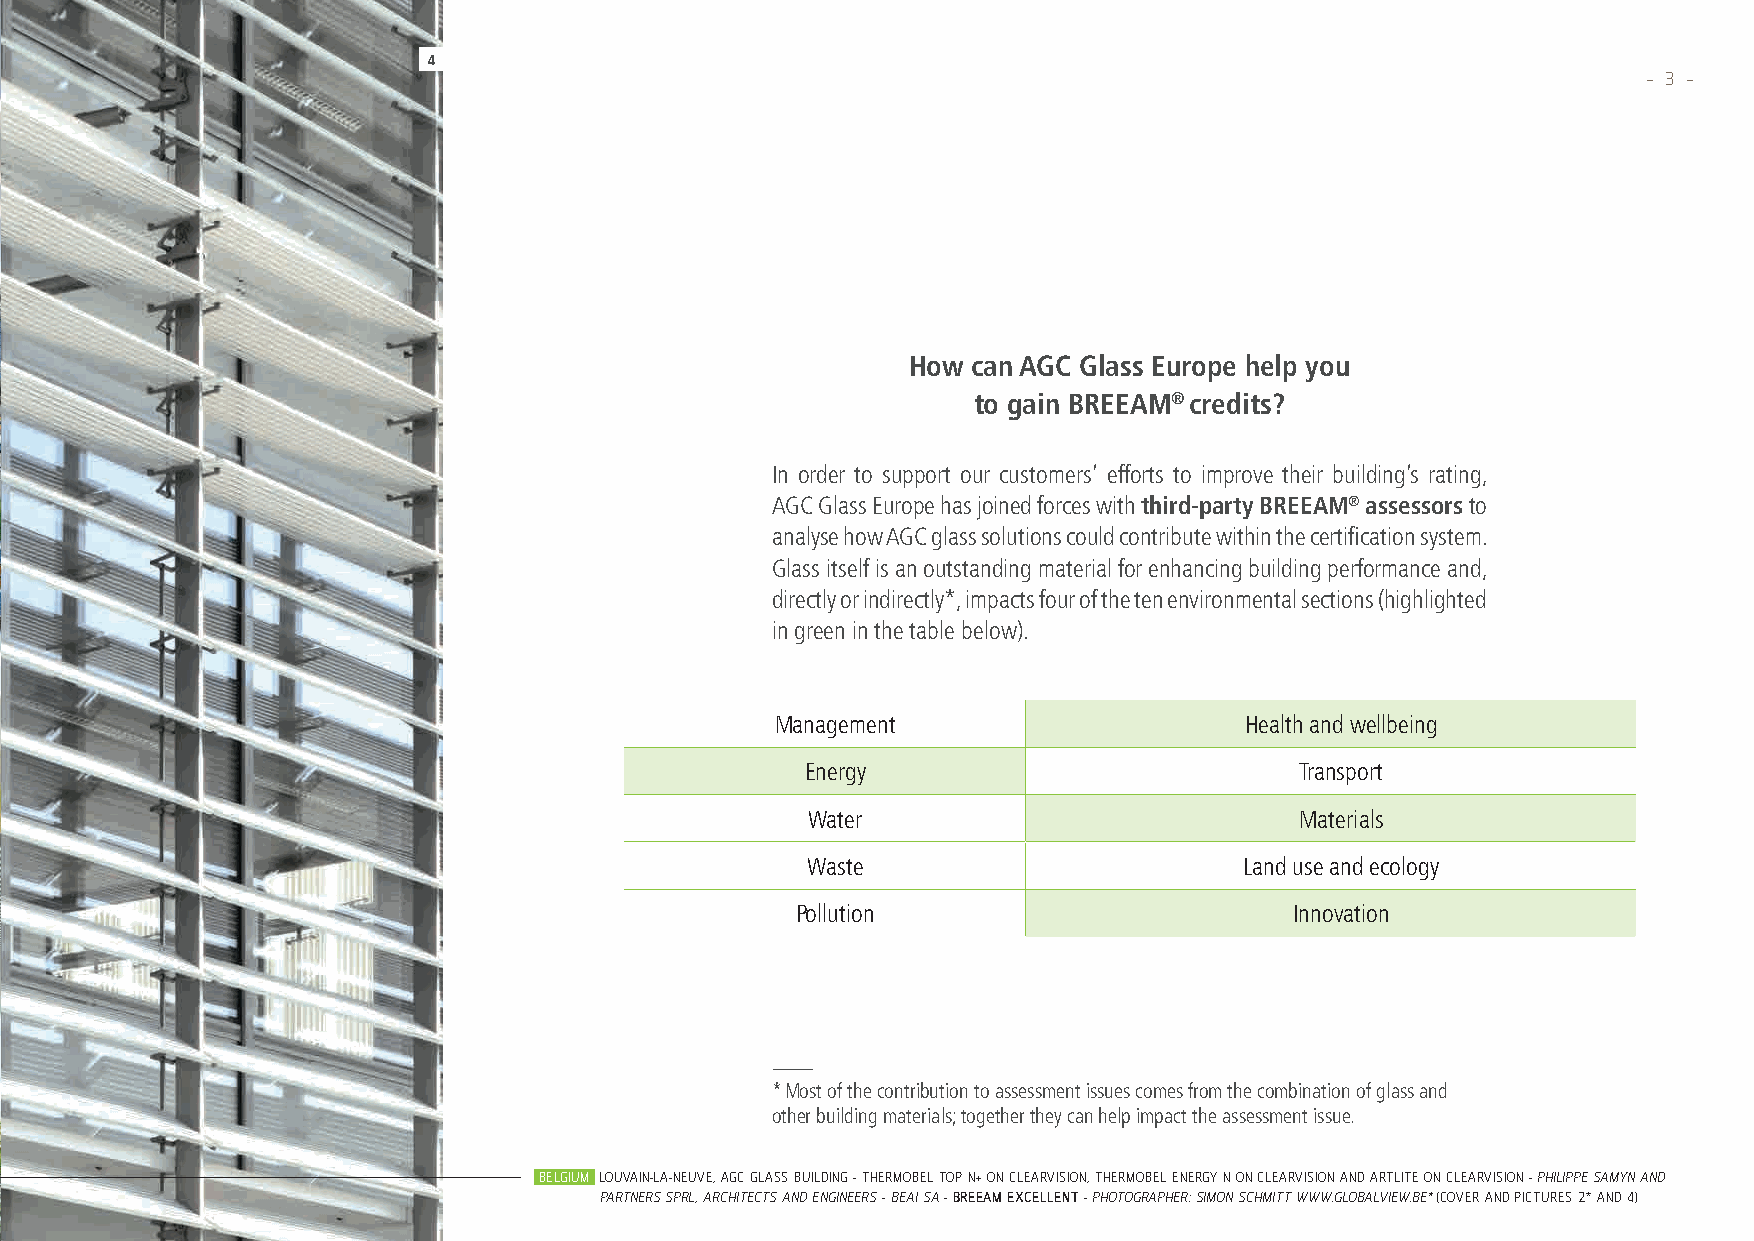
4
 – 3 –
 How can AGC Glass Europe help you
 to gain BREEAM® credits?
 In order to support our customers’ efforts to improve their building’s rating,
 AGC Glass Europe has joined forces with third-party BREEAM® assessors to
 analyse how AGC glass solutions could contribute within the certification system.
 Glass itself is an outstanding material for enhancing building performance and,
 directly or indirectly*, impacts four of the ten environmental sections (highlighted
 in green in the table below).
 Management                     Health and wellbeing
 Energy                           Transport
 Water                           Materials
 Waste                        Land use and ecology
 Pollution                        Innovation
 * Most of the contribution to assessment issues comes from the combination of glass and
 other building materials; together they can help impact the assessment issue.
 BELGIUM LOUVAIN-LA-NEUVE, AGC GLASS BUILDING - THERMOBEL TOP N+ ON CLEARVISION, THERMOBEL ENERGY N ON CLEARVISION AND ARTLITE ON CLEARVISION - PHILIPPE SAMYN AND
 PARTNERS SPRL, ARCHITECTS AND ENGINEERS – BEAI SA - BREEAM EXCELLENT - PHOTOGRAPHER: SIMON SCHMITT WWW.GLOBALVIEW.BE* (COVER AND PICTURES 2* AND 4)